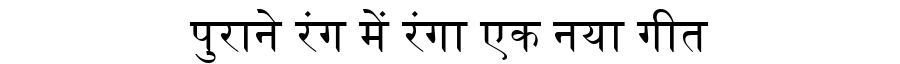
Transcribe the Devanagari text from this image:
पुराने रंग में रंगा एक नया गीत